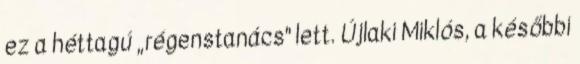
ez a héttagú „régenstanács" lett. Újlaki Miklós, a későbbi